On a parasite found in the white corpuscles of the blood of dogs - Number 14
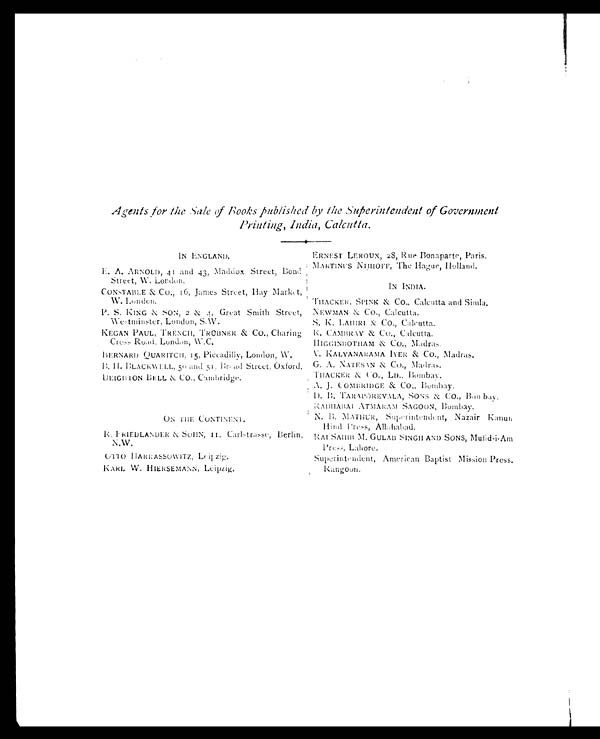
Agents for the Sale of Books published by the Superintendent of Government
Printing, India, Calcutta.
IN ENGLAND.
ERNEST LEROUX, 28, Rue Bonaparte, Paris.
MARTINUS NIJHOFF, The Hague, Holland.
E. A. ARNOLD, 41 and 43, Maddox Street, Bond
Street, W. London.
IN INDIA.
CONSTABLE & CO., 16, James Street, Hay Market,
W. London.
THACKER, SPINK & CO., Calcutta and Simla.
P. S. KING & SON, 2 & 4, Great Smith Street,
Westminster, London, S. W
NEWMAN & CO., Calcutta.
S. K. LAHIRI & CO., Calcutta.
KEGAN PAUL, TRENCH, TRÜBNER & CO., Charing
Cross Road, London, W.C.
R. CAMBRAY & CO., Calcutta.
HIGGINBOTHAM & CO., Madras.
BERNARD QUARITCH, 15, Piccadilly, London, W.
V. KALYANARAMA IYER & CO., Madras.
B. H. BLACKWELL, 50 and 51, Broad Street, Oxford. G. A. NATESAN & CO., Madras.
DEIGHTON BELL & CO., Cambridge.
THACKER & CO., LD., Bombay.
A. J. COMBRIDGE & CO., Bombay.
D. B. TARAPOREVALA, SONS & CO., Bombay.
RADHABAI ATMARAM SAGOON, Bombay.
ON THE CONTINENT.
N. B. MATHUR, Superintendent, Nazair Kanun
Hind Press, Allahabad.
R. FRIEDLANDER & SOHN, II, Carlstrasse, Berlin, N.W. RAI SAHIB M. GULAB SINGH AND SONS, Mufid-i-Am
Press, Lahore.
OTTO HARRASSOWITZ, Leipzig.
Superintendent, American Baptist Mission Press,
Rangoon.
KARL W. HIERSEMANN, Leipzig.